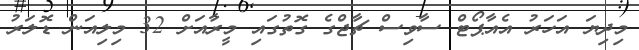
މިދިޔަ އަހަރު އެއާޕޯޓް ސާވިސް ޗާޖްގެ ގޮތުގައި މީރާއަށް 32 މިލިއަން ޑޮލަރު